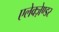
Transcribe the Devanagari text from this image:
एलेक्ज़ेण्डर